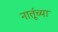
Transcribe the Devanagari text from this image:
नातूंच्या